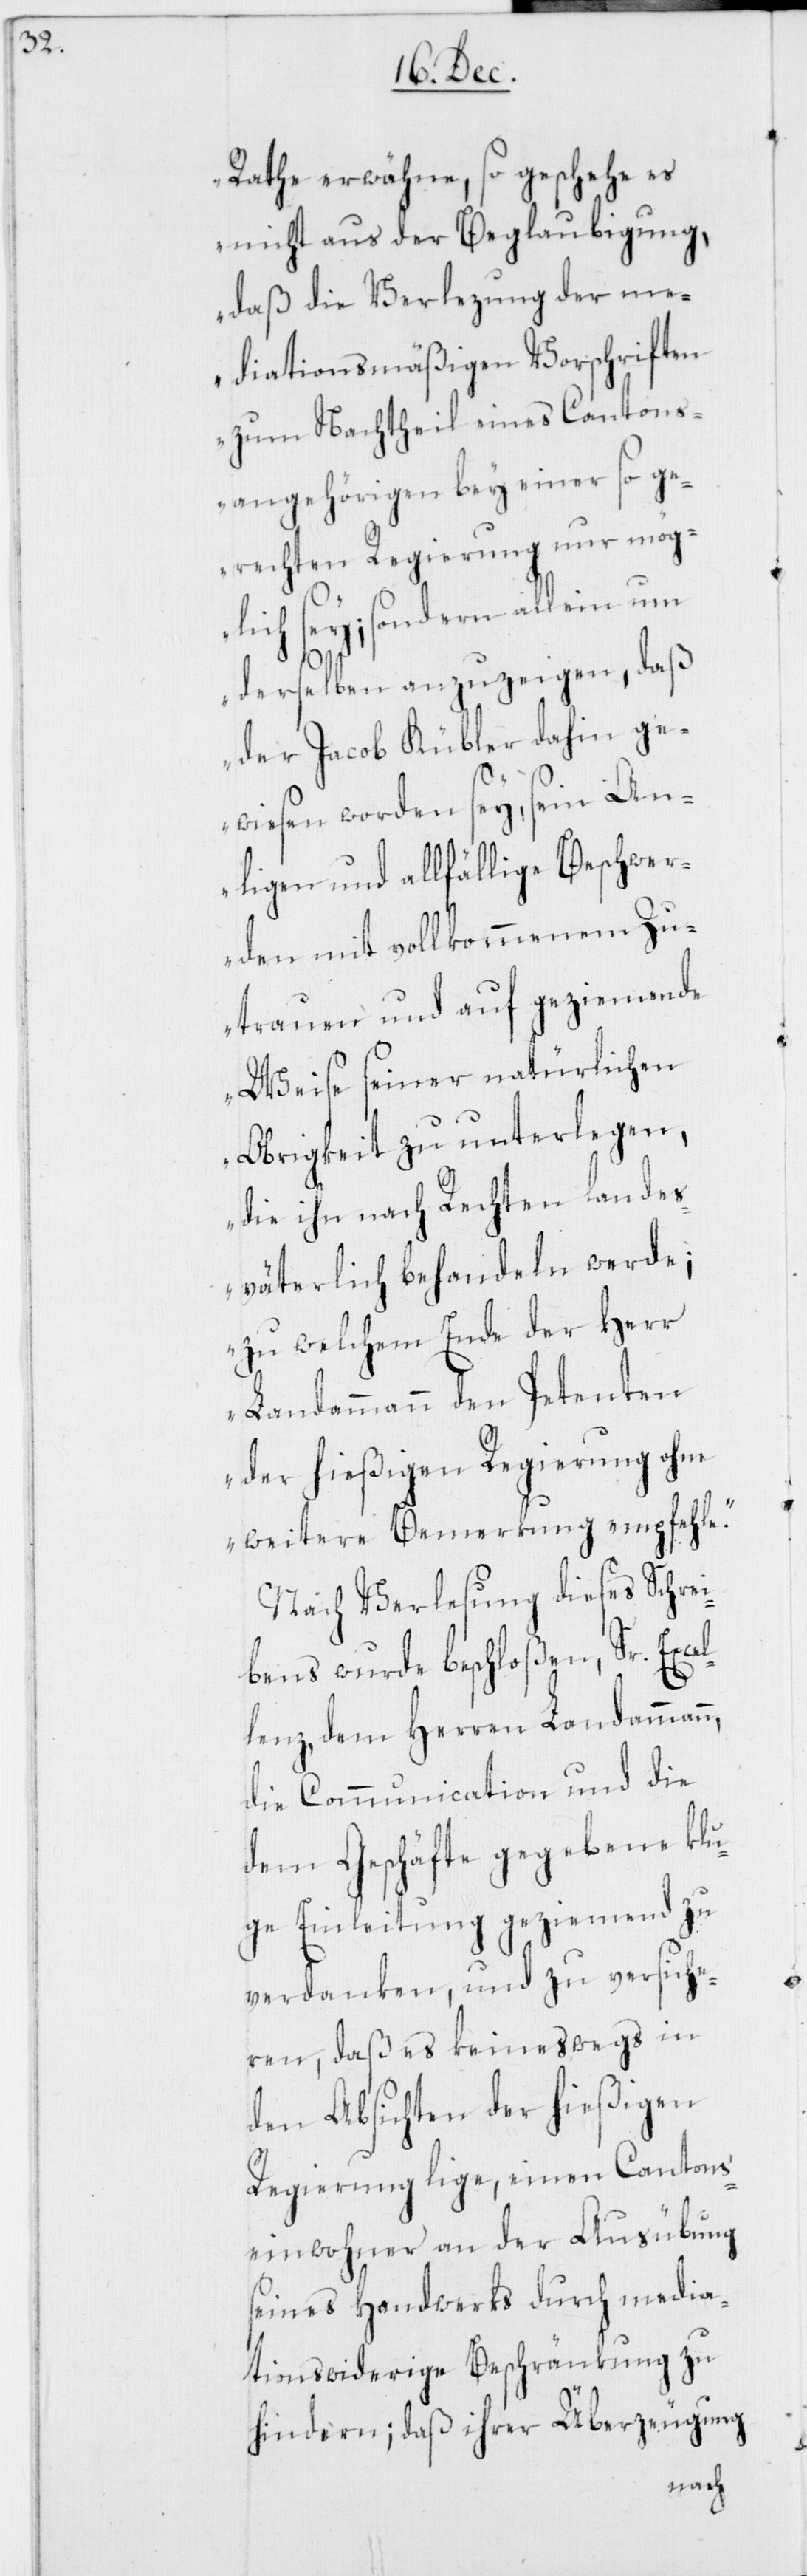
Rathe erwähne, so geschehe es
nicht aus der Beglaubigung,
daß die Verlezung der me¬
diationsmäßigen Vorschriften
zum Nachtheil eines Cantons¬
angehörigen bey einer so ge¬
rechten Regierung nur mög¬
lich sey; sondern allein um
derselben anzuzeigen, daß
der Jacob Kübler dahin ge¬
wiesen worden sey, seyn An¬
ligen und allfählige Beschwer¬
den mit vollkommenem Zu¬
trauen und auf geziemende
Weise seiner natürlichen
Obrigkeit zu unterlegen,
die ihn nach Rechten landes¬
väterlich behandeln werde;
zu welchem Ende der Herr
Landammann den Petenten
der hießigen Regierung ohne
weitere Bemerkung empfehle.“
n,
Nach Verlesung dieses Schrei¬
bens wurde beschloßen, Sr. Excel¬
lenz, dem Herren Landamman¬
die Communication und die
dem Geschäfte gegebene klu¬
ge Einleitung geziemend zu
verdanken, und zu versiche¬
ren, daß es keineswegs in
den Absichten der hießigen
Regierung lige, einen Cantons¬
einwohner an der Ausübung
seines Handwerks durch media¬
tionswiderige Beschränkung zu
hindern; daß ihrer Überzeugung